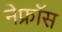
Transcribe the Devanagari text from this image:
नेफ्रॉस